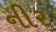
નીર